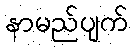
နာမည်ပျက်